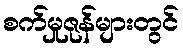
စက်မှုဇုန်များတွင်